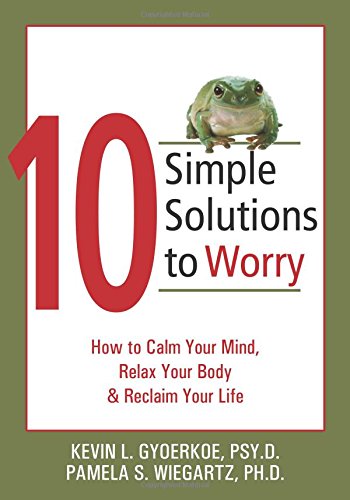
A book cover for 10 Simple Solutions to Worry: How to Calm Your Mind, Relax Your Body, and Reclaim Your Life (The New Harbinger Ten Simple Solutions Series); Kevin L. Gyoerkoe; Self-Help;